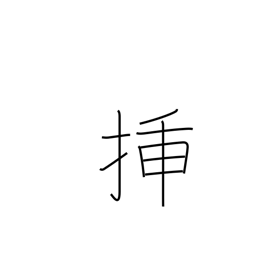
Meaning: graft